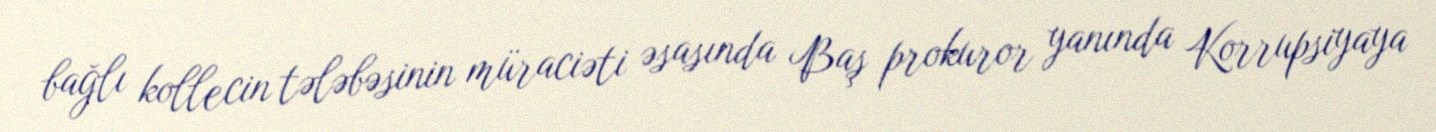
bağlı kollecin tələbəsinin müraciəti əsasında Baş prokuror yanında Korrupsiyaya